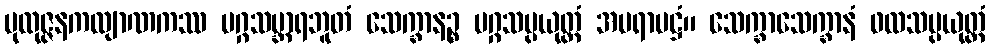
ပုထုဇ္ဇနကလျာဏကဿ မဂ္ဂသမ္ဘာရဘူတံ သေက္ခာနဉ္စ မဂ္ဂသမ္ပယုတ္တံ အပရာမဋ္ဌံ။ သေက္ခာသေက္ခာနံ ဖလသမ္ပယုတ္တံ